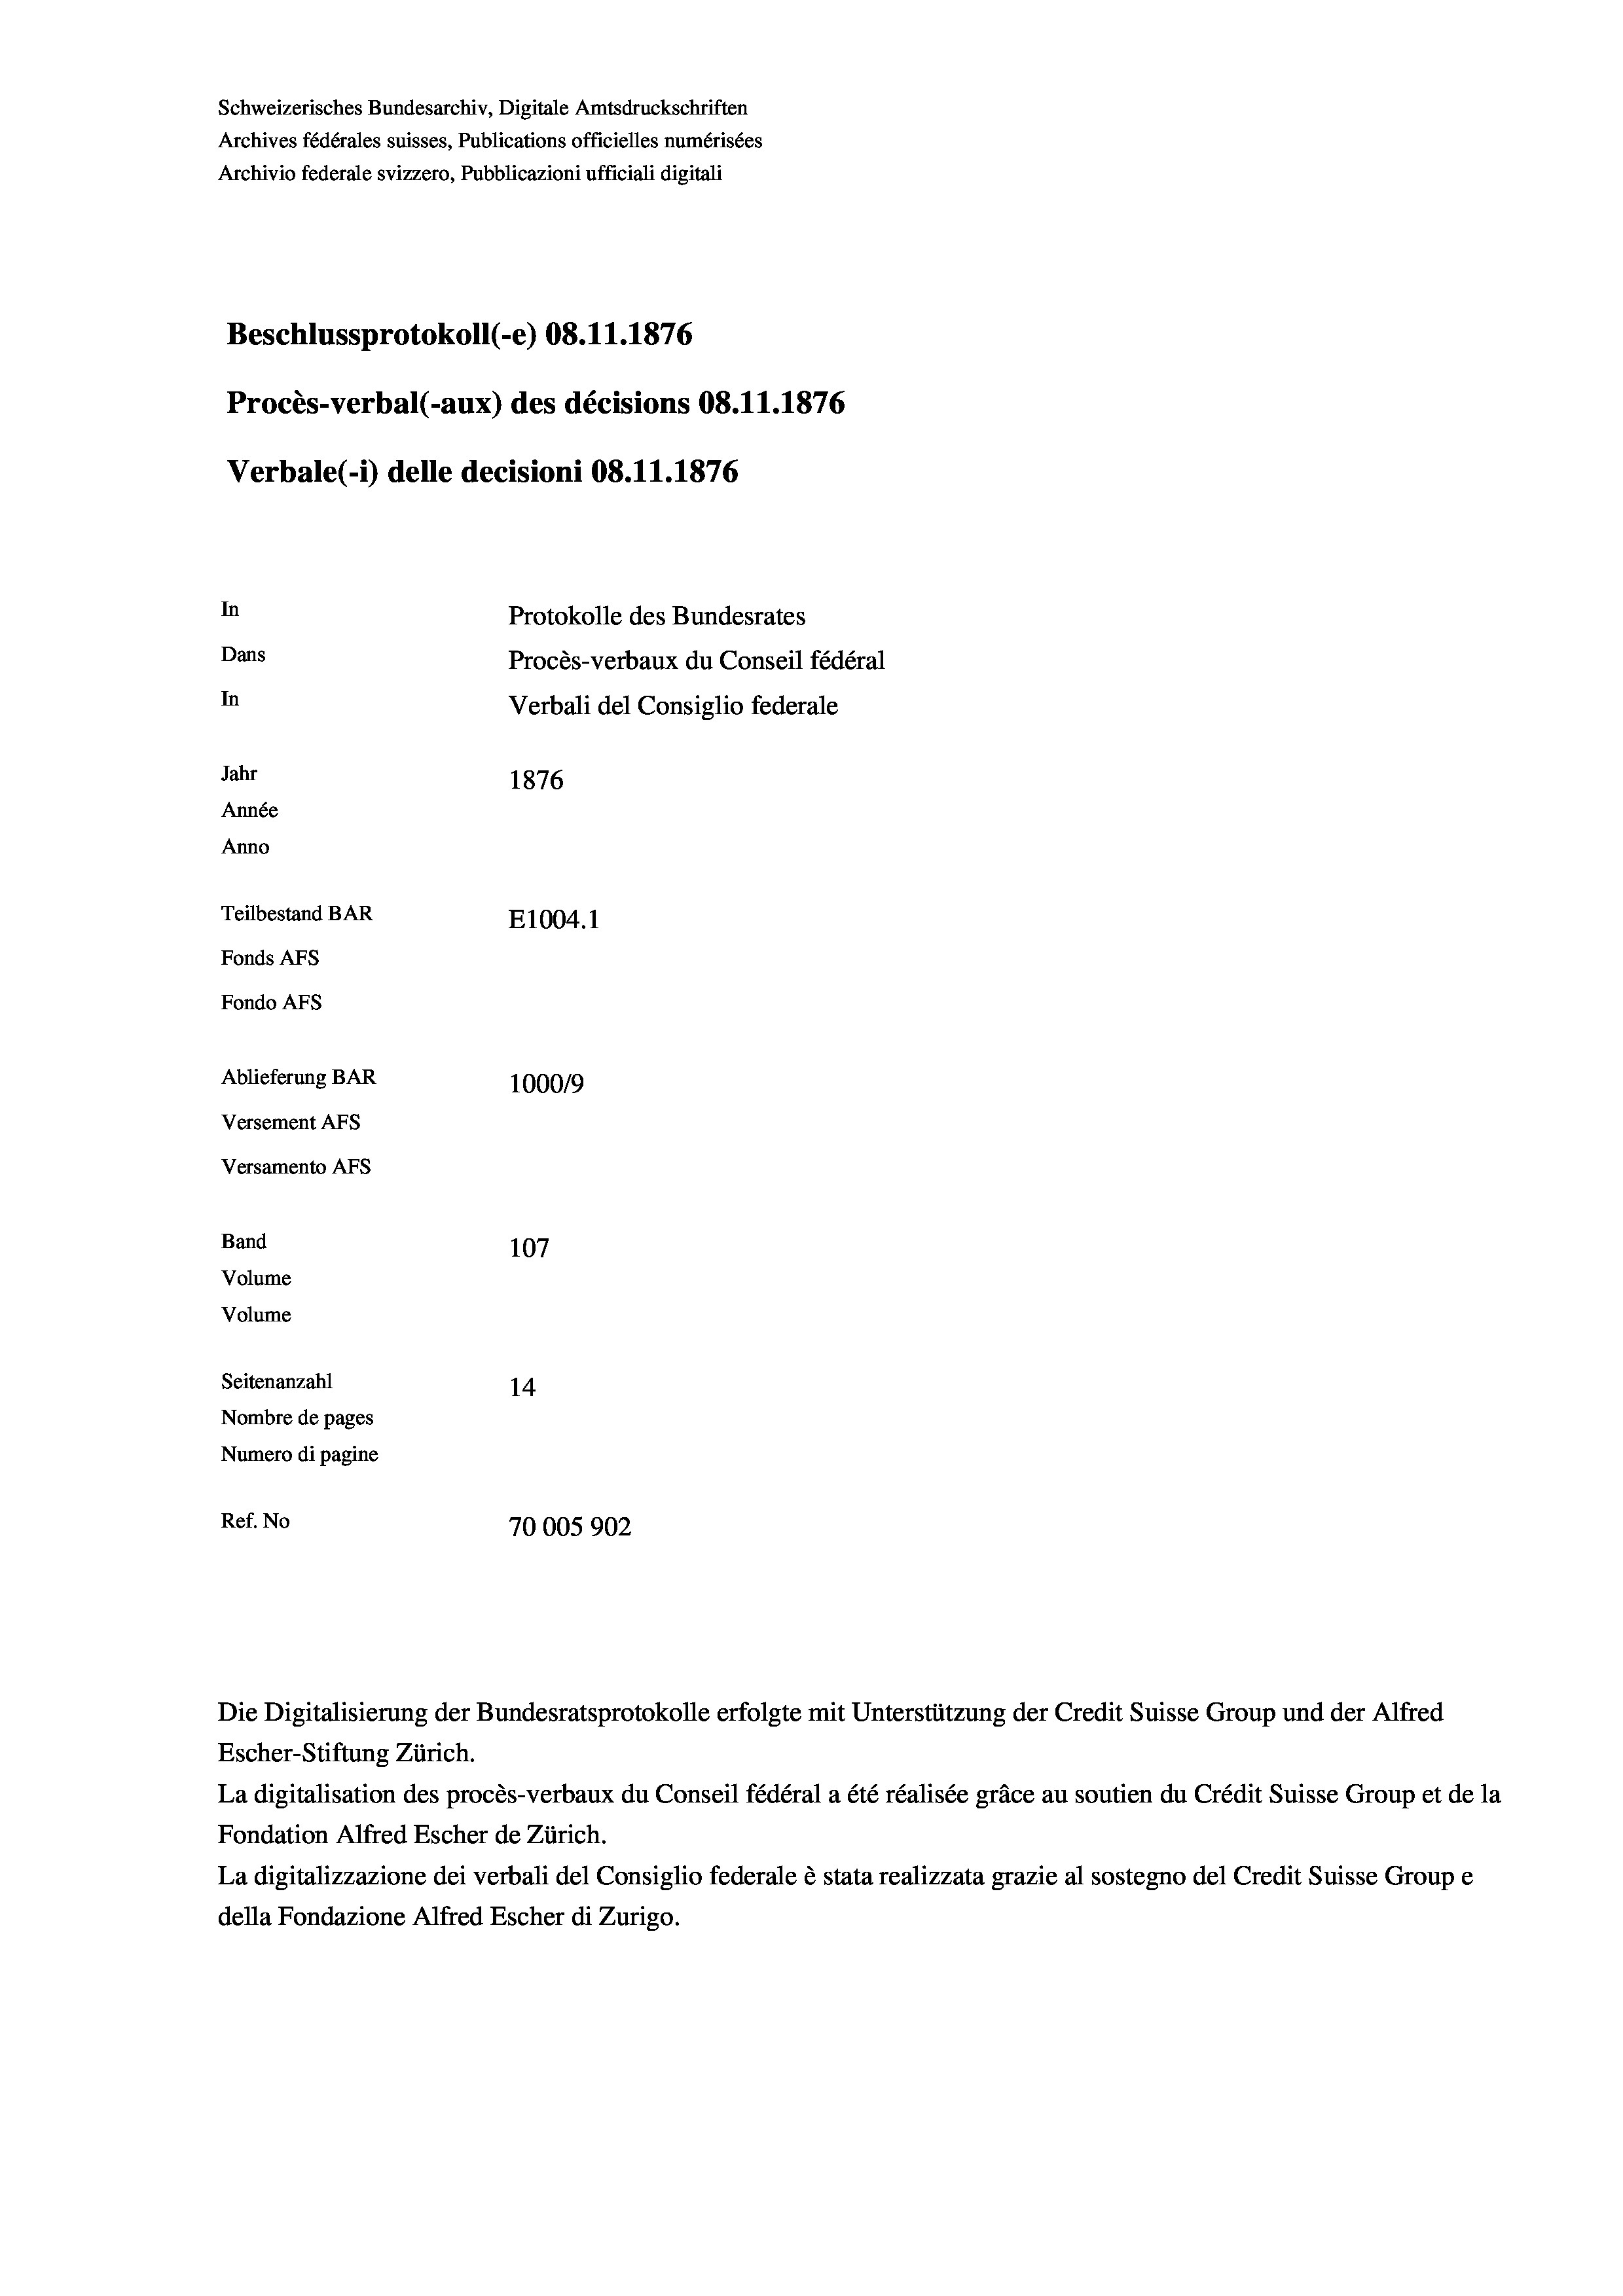
Schweizerisches Bundesarchiv, Digitale Amtsdruckschriften
Archives fédérales suisses, Publications officielles numérisées
Archivio federale svizzero, Pubblicazioni ufficiali digitali
Beschlussprotokoll (-e) 08.11.1876
Procès-verbal (-aux) des décisions 08.11.1876
Verbale (i) delle decisioni 08.11.1876
In
Protokolle des Bundesrates
Dans
Procès-verbaux du Conseil fédéral
In
Verbali del Consiglio federale
Jahr
1876
Année
Anno
Teilbestand BAR
E1004. 1
Fonds AFs
Fondo AFs
Ablieferung BAR
1000/9
Versement Abs
Versamento AFs
Band
107
Volume
Volume

Seitenanzahl
14
Nombre de pages
Numero di pagine
Ref. No
70005902

Escher-Stiftung Zürich.
La digitalisation des procès-verbaux du Conseil fédéral a été réalisée gräce au soutien du Crédit Suisse Group et de la
Fondation Alfred Escher de Zürich.
La digitalizzazione dei verbali del Consiglio federale è stata realizzata grazie al sostegno del Credit Suisse Groupe
della Fondazione Alfred Escher di Zurigo.

Die Digitalisierung der Bundesratsprotokolle erfolgte mit Unterstützung der Credit Suisse Group und der Alfred